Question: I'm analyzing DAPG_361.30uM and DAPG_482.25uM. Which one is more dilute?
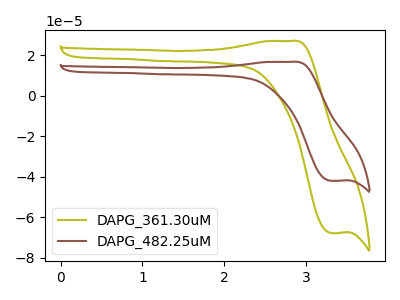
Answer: <think>The olive curve "DAPG_361.30uM" has an anodic peak at (2.80V, 27.05uA) and a cathodic peak at (3.30V, -67.85uA). The brown curve "DAPG_482.25uM" has an anodic peak at (2.80V, 16.75uA) and a cathodic peak at (3.30V, -42.05uA).
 All the peaks in "DAPG_361.30uM" have a peak in "DAPG_482.25uM" at the same potential. Every peak in "DAPG_361.30uM" is higher than every peak in "DAPG_482.25uM".</think>
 <answer>"DAPG_361.30uM" has more signal than "DAPG_482.25uM" and so likely has a higher concentration.</answer>
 <eval>more_concentration</eval>